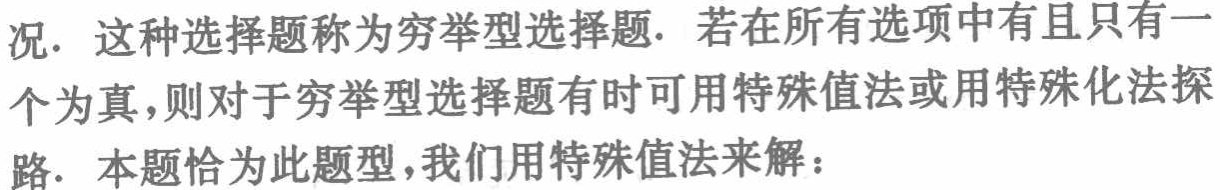
况. 这种选择题称为穷举型选择题. 若在所有选项中有且只有一
个为真,则对于穷举型选择题有时可用特殊值法或用特殊化法探
路. 本题恰为此题型,我们用特殊值法来解：